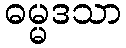
ဓမ္မဒသာ